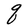
Character: q